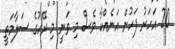
20 އަހަރު ފަހުން އަނެއްކާ ވެސް މި ވަނީ މި ރޭހުގެ ސަލާމަތީ